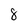
Character: 8